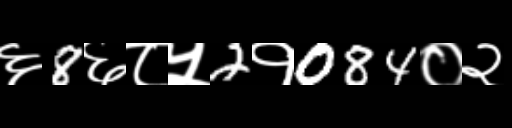
Text: ६8६८५2१084०२